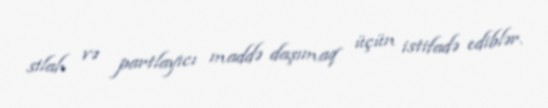
silah və partlayıcı maddə daşımaq üçün istifadə ediblər.